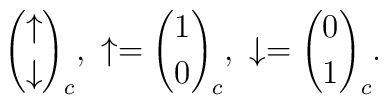
{\uparrow \choose \downarrow}_c, \ \uparrow = {1 \choose 0}_c, \ \downarrow = {0\choose 1}_c .